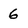
Character: 6